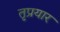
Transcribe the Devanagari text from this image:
तृप्रयार